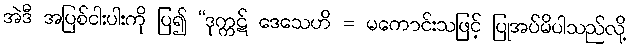
အဲဒီ အပြစ်ငါးပါးကို ပြ၍ “ဒုက္ကဋ် ဒေသေဟိ = မကောင်းသဖြင့် ပြုအပ်မိပါသည်လို့